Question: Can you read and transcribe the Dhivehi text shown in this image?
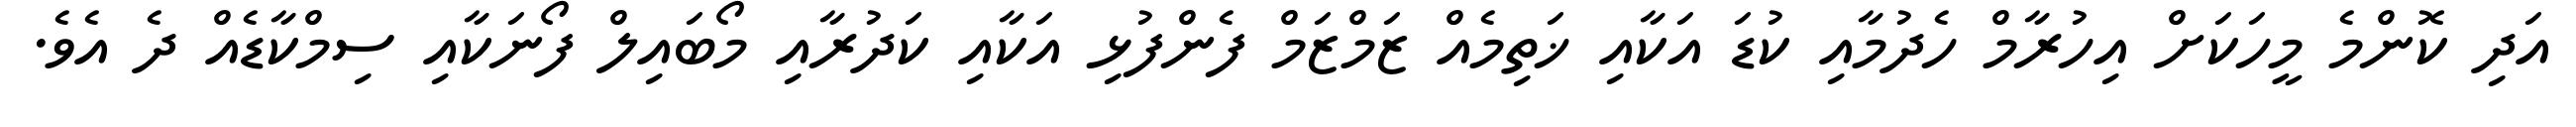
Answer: އަދި ކޮންމެ މީހަކަށް އިހުރާމް ހެދުމާއި ކުޑަ އަކާއި ޚަތިމެއް ޒަމްޒަމް ފެންފުޅި އަކާއި ކަދުރާއި މޯބައިލް ފޯނަކާއި ސިމްކާޑެއް ދެ އެވެ.